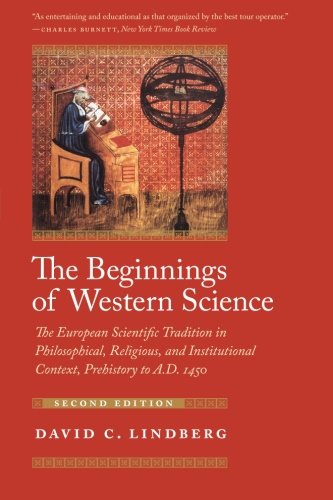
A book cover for The Beginnings of Western Science: The European Scientific Tradition in Philosophical, Religious, and Institutional Context, Prehistory to A.D. 1450; David C. Lindberg; History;